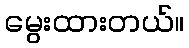
မွေးထားတယ်။